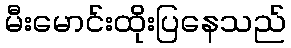
မီးမောင်းထိုးပြနေသည်